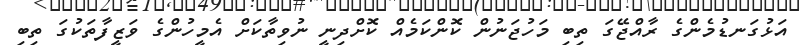
އަޅުގަނޑުމެންގެ ރާއްޖޭގަ ތިބި މަހުޖަނުން ކޮންކަމެއް ކޮށްދިނީ ނުވިތާކަށް އެމީހުންގެ ވަޒީފާތަކުގަ ތިބި